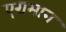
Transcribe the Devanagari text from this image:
एरामान